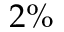
2 \%